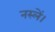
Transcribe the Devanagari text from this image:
नस्लें।